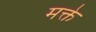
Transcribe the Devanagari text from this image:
मक्ते